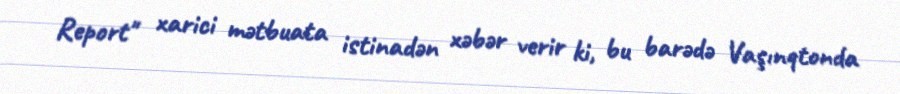
Report" xarici mətbuata istinadən xəbər verir ki, bu barədə Vaşınqtonda